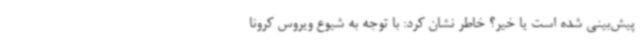
پیش‌بینی شده است یا خیر؟ خاطر نشان کرد: با توجه به شیوع ویروس کرونا